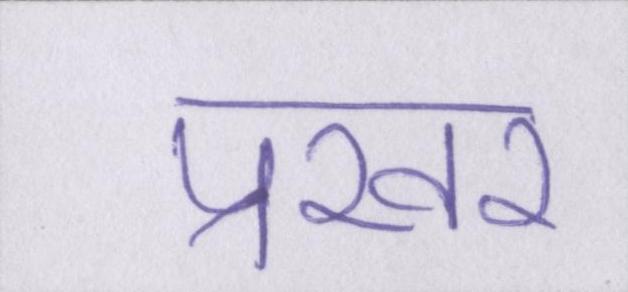
प्रखर